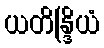
ယတိန္ဒြိယံ